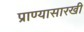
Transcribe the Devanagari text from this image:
प्राण्यासारखी